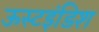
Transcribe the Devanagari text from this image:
ऊस्टइंडिश